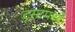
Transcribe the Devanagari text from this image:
ट्रस्टमध्ये